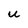
Character: u